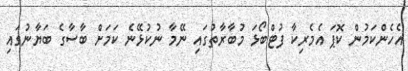
އެހެންކަމުން ކޮޕަ އެމެރިކާ ފުޓްބޯޅަ މުބާރާތުގައި ނޭމާ ނުކުޅޭނެ ކަމަށް ބާސާގެ ބަޔާނުގައި